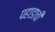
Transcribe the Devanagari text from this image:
पहाडाची